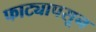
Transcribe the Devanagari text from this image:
फाट्यापसून